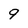
Character: 9